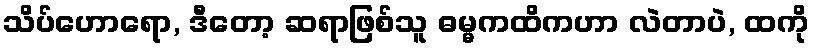
သိပ်ဟောရော, ဒီတော့ ဆရာဖြစ်သူ ဓမ္မကထိကဟာ လဲတာပဲ, ထကို